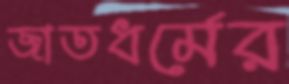
জাতধর্মের